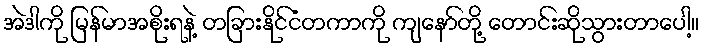
အဲဒါကို မြန်မာအစိုးရနဲ့ တခြားနိုင်ငံတကာကို ကျနော်တို့ တောင်းဆိုသွားတာပေါ့။